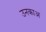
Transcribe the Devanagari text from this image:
उनकाअ